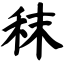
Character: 秣